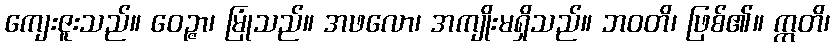
ကျေးဇူးသည်။ ဝေဉ္ဇာ၊ မြုံသည်။ အဖလော၊ အကျိုးမရှိသည်။ ဘဝတိ၊ ဖြစ်၏။ ဣတိ၊